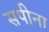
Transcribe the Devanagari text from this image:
सपीना